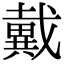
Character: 戴